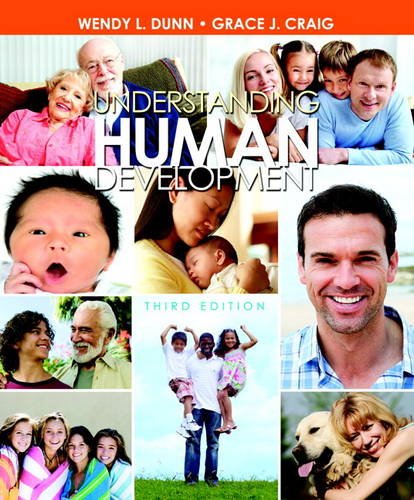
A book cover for Understanding Human Development (3rd Edition); Wendy L. Dunn; Medical Books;